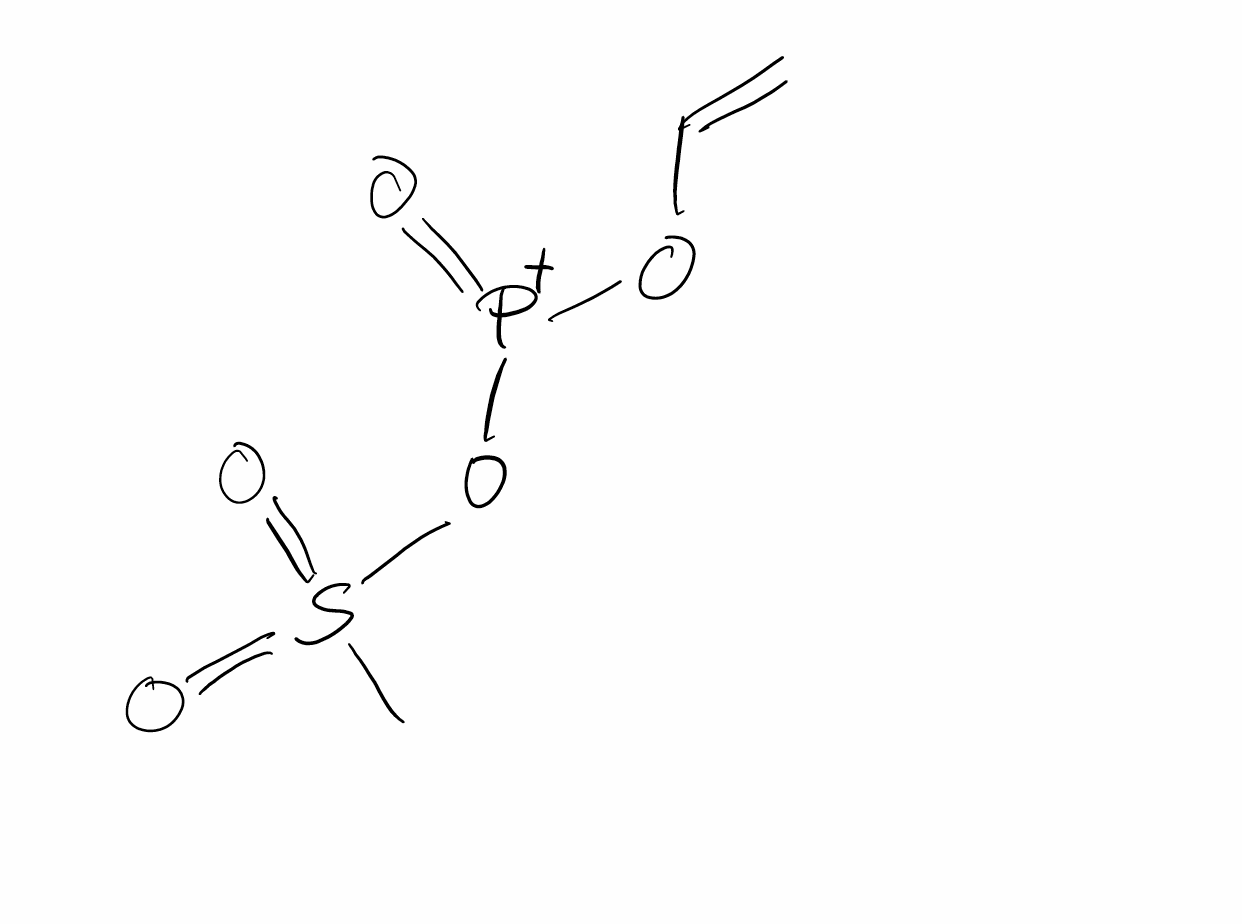
Simplified molecular-input line-entry system (SMILES) notation of the given molecule:
CS(=O)(=O)O[P+](=O)OC=C